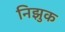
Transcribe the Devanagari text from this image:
निझुक